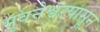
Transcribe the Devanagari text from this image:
भुवनेश्वरपासून